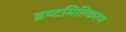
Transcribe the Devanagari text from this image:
इष्‍टमितिकरण